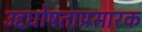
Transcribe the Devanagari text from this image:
उद्दघोषताप्रसारक